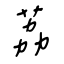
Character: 荔